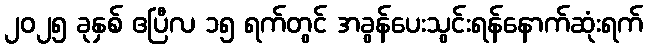
၂၀၂၅ ခုနှစ် ဧပြီလ ၁၅ ရက်တွင် အခွန်ပေးသွင်းရန်နောက်ဆုံးရက်